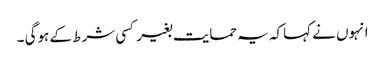
انہوں نے کہاکہ یہ حمایت بغیر کسی شرط کے ہوگی ۔